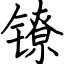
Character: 镣